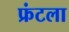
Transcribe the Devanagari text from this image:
फ्रंटला